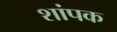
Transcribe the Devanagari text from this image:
शांपक